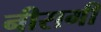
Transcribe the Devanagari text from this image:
नीरागी